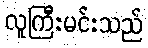
လူကြီးမင်းသည်